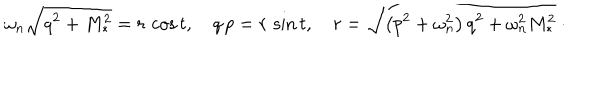
\omega _ { n } \sqrt { q ^ { 2 } + M _ { \ast } ^ { 2 } } = r \, \cos t , \quad q \, p = r \, \sin t , \quad r = \sqrt { \left( p ^ { 2 } + \omega _ { n } ^ { 2 } \right) q ^ { 2 } + \omega _ { n } ^ { 2 } M _ { \ast } ^ { 2 } } \ \cdot